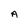
Character: A